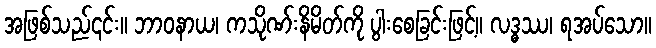
အဖြစ်သည်၎င်း။ ဘာဝနာယ၊ ကသိုဏ်းနိမိတ်ကို ပွါးစေခြင်းဖြင့်။ လဒ္ဓဿ၊ ရအပ်သော။